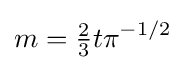
m={\tfrac {2}{3}}t\pi ^{-1/2}